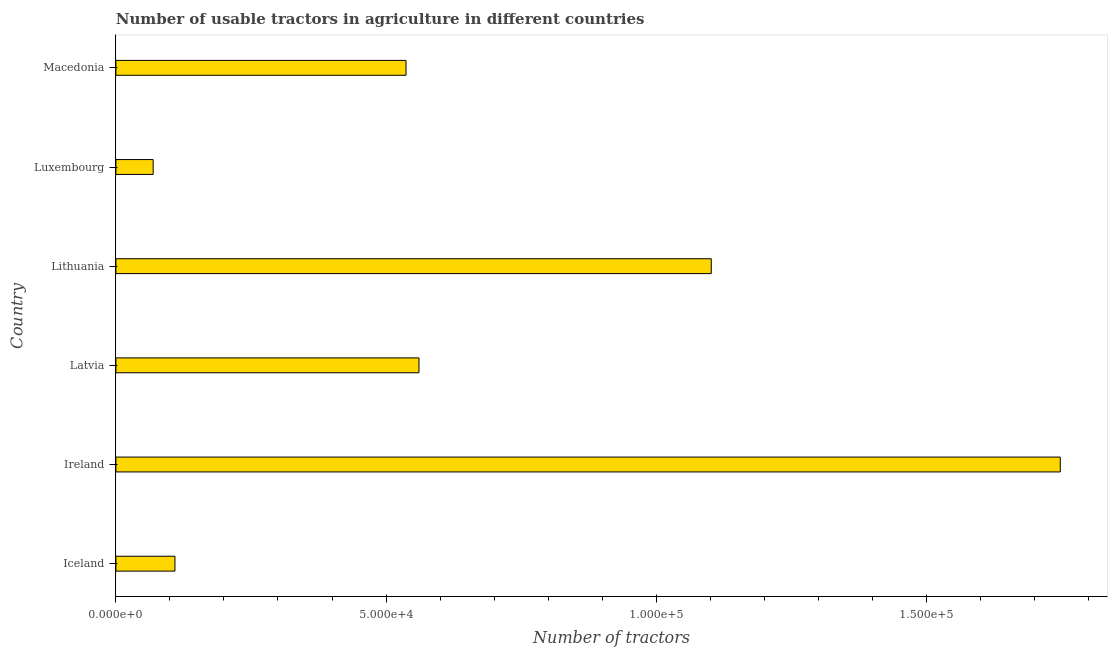
| Country | Agricultural machinery |
 | --- | --- |
 | Iceland | 1.09e+04 |
 | Ireland | 1.75e+05 |
 | Latvia | 5.61e+04 |
 | Lithuania | 1.1e+05 |
 | Luxembourg | 6.9e+03 |
 | Macedonia | 5.37e+04 |